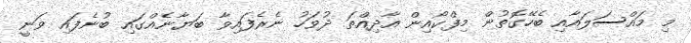
މި މައްސަލައާއި ބެހޭގޮތުން މިފްކޯއިން އާދިއްތަ ދުވަހު ނެރެފައިވާ ބަޔާނެއްގައި ބުނެފައި ވަނީ